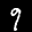
Label: 9